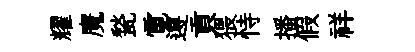
耀魔甃電遵貢猥恃播假祥